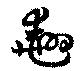
翹